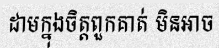
ដាមក្នុងចិត្តពួកគាត់ មិនអាច